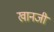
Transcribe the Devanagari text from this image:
खानजी